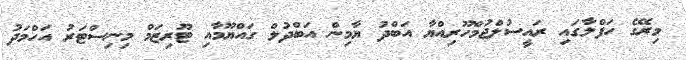
މިރޭގެ ހަފްލާގައި ރައީސުލްޖުމްހޫރިއްޔާ އަބްދު ޔާމިން އަބްދުލް ގައްޔޫމާއި ޓޫރިޒަމް މިނިސްޓަރު އަހްމަދު